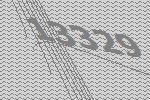
13329